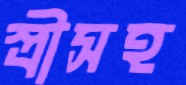
স্ত্রীসহ